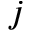
j